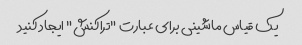
یک قیاس ماشینی برای عبارت "تراکنش" ایجاد کنید